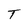
Character: T